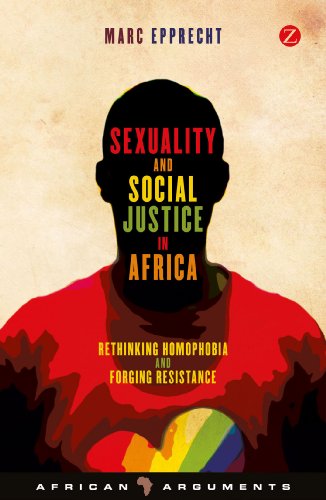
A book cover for Sexuality and Social Justice in Africa: Rethinking Homophobia and Forging Resistance (African Arguments); Marc Epprecht; Gay & Lesbian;